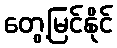
တွေ့မြင်နိုင်